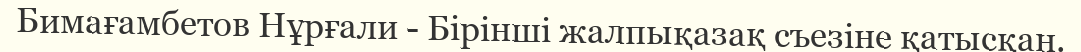
Бимағамбетов Нұрғали - Бірінші жалпықазақ съезіне қатысқан.